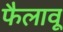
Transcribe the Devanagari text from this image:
फैलावू